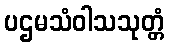
ပဌမသံဝါသသုတ္တံ